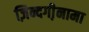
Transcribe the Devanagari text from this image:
ज़िन्दगी़नामा